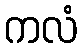
ကလံ